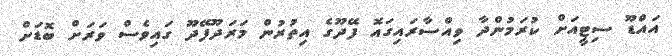
އައްޑޫ ސިޓީއަށް ކުރަމުންދާ ވިއްސާރައިގައޮ ފޭދޫގެ އިތުރުން މަރަދޫފޭދޫ ގައިވެސް ވަރަށް ބޮޑަށް